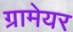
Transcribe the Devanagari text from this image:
ग्रामेयर